Vaccination in Bombay 1863-1868 - 1863-1868
Year: 1863
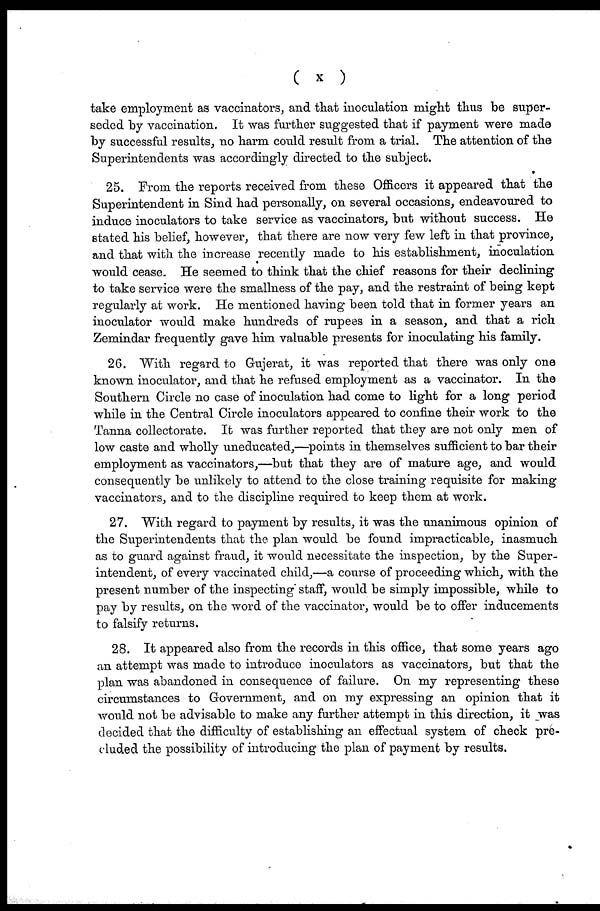
(
x
)
take employment as vaccinators, and that inoculation might thus be super-
seded by vaccination. It was further suggested that if payment were made
by successful results, no harm could result from a trial. The attention of the
Superintendents was accordingly directed to the subject.
25. From the reports received from these Officers it appeared that the
Superintendent in Sind had personally, on several occasions, endeavoured to
induce inoculators to take service as vaccinators, but without success. He
stated his belief, however, that there are now very few left in that province,
and that with the increase recently made to his establishment, inoculation
would cease. He seemed to think that the chief reasons for their declining
to take service were the smallness of the pay, and the restraint of being kept
regularly at work. He mentioned having been told that in former years an
inoculator would make hundreds of rupees in a season, and that a rich
Zemindar frequently gave him valuable presents for inoculating his family.
26. With regard to Gujerat, it was reported that there was only one
known inoculator, and that he refused employment as a vaccinator. In the
Southern Circle no case of inoculation had come to light for a long period
while in the Central Circle inoculators appeared to confine their work to the
Tanna collectorate. It was further reported that they are not only men of
low caste and wholly uneducated,—points in themselves sufficient to bar their
employment as vaccinators,—but that they are of mature age, and would
consequently be unlikely to attend to the close training requisite for making
vaccinators, and to the discipline required to keep them at work.
27. With regard to payment by results, it was the unanimous opinion of
the Superintendents that the plan would be found impracticable, inasmuch
as to guard against fraud, it would necessitate the inspection, by the Super-
intendent, of every vaccinated child,—a course of proceeding which, with the
present number of the inspecting' staff, would be simply impossible, while to
pay by results, on the word of the vaccinator, would be to offer inducements
to falsify returns.
28. It appeared also from the records in this office, that some years ago
an attempt was made to introduce inoculators as vaccinators, but that the
plan was abandoned in consequence of failure. On my representing these
circumstances to Government, and on my expressing an opinion that it
would not be advisable to make any further attempt in this direction, it was
decided that the difficulty of establishing an effectual system of check pre-
cluded the possibility of introducing the plan of payment by results.